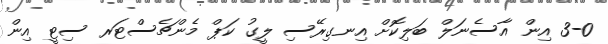
3-0 އިން އާސެނަލް ބަލިކޮށް އިނގިރޭސި ލީގު ކަޕް މެންޗެސްޓަރ ސިޓީ އިން